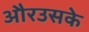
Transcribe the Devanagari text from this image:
औरउसके